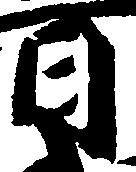
日